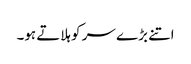
اتنے بڑ ے سر کو ہلاتے ہو۔